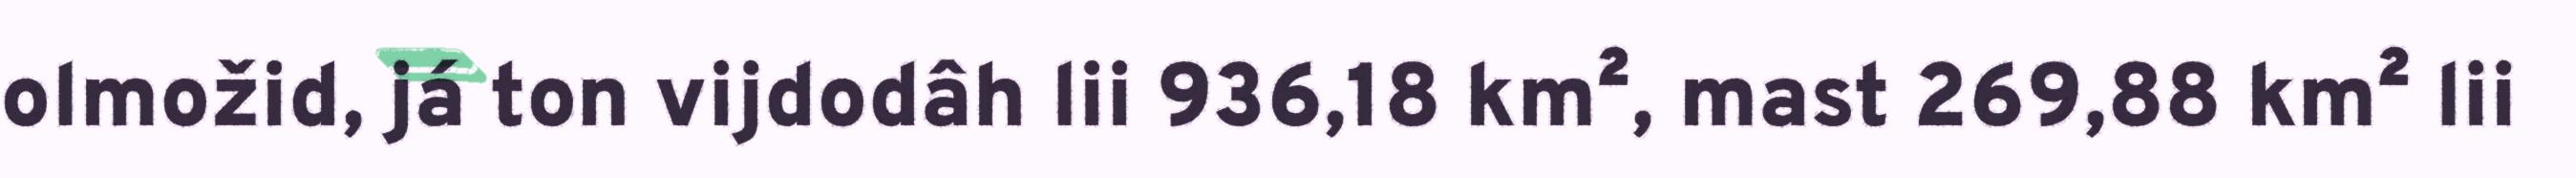
olmožid, já ton vijdodâh lii 936,18 km², mast 269,88 km² lii